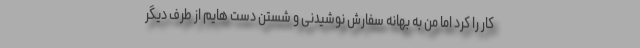
کار را کرد اما من به بهانه سفارش نوشیدنی و شستن دست هایم از طرف دیگر